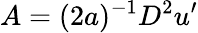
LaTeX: A=(2a)^{-1}D^{2}u^{\prime}